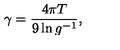
\gamma = \frac { 4 \pi T } { 9 \ln g ^ { - 1 } } ,